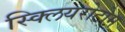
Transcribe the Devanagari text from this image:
स्क्लियरोटोम